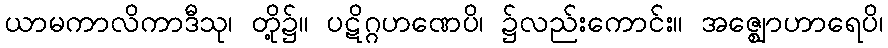
ယာမကာလိကာဒီသု၊ တို့၌။ ပဋိဂ္ဂဟဏေပိ၊ ၌လည်းကောင်း။ အဇ္ဈောဟာရေပိ၊